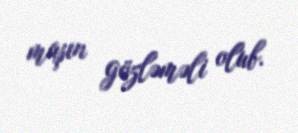
maşın gözləməli olub.